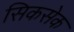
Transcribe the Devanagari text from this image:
सिकसेक